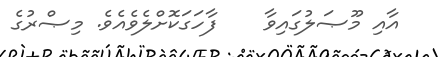
އާއި މޫޞަލުގައިވާ    ފާހަގަކޮށްލެވެއެވެ. މިޞްރުގެ